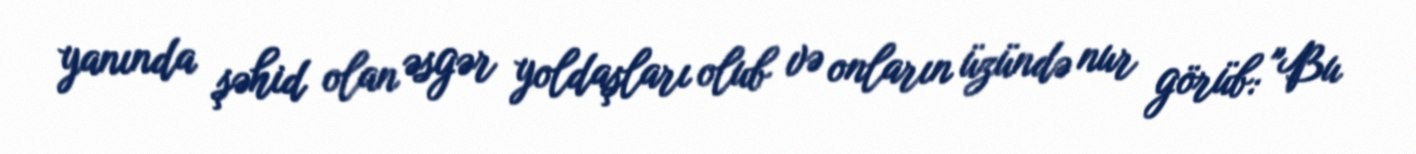
yanında şəhid olan əsgər yoldaşları olub və onların üzündə nur görüb: "Bu